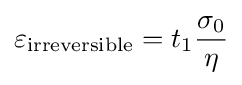
\varepsilon _{\mathrm {irreversible} }=t_{1}{\frac {\sigma _{0}}{\eta }}